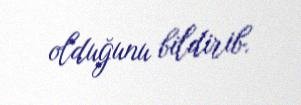
olduğunu bildirib.